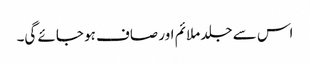
اس سے جلد ملائم اور صاف ہو جائے گی۔